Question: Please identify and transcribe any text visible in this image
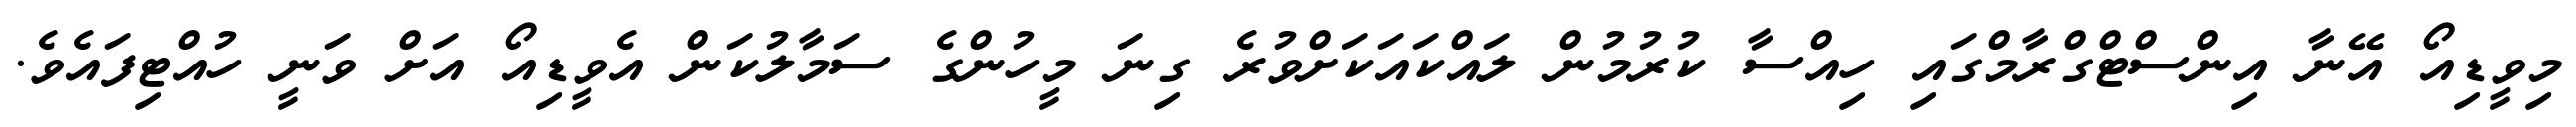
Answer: މިވީޑިއޯ އޭނާ އިންސްޓްގްރާމްގައި ހިއްސާ ކުރުމުން ލައްކައަކަށްވުރެ ގިނަ މީހުންގެ ސަމާލުކަން އެވީޑިއޯ އަށް ވަނީ ހުއްޓިފައެވެ.